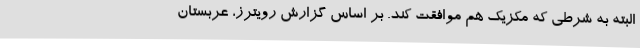
البته به شرطی که مکزیک هم موافقت کند. بر اساس گزارش رویترز، عربستان